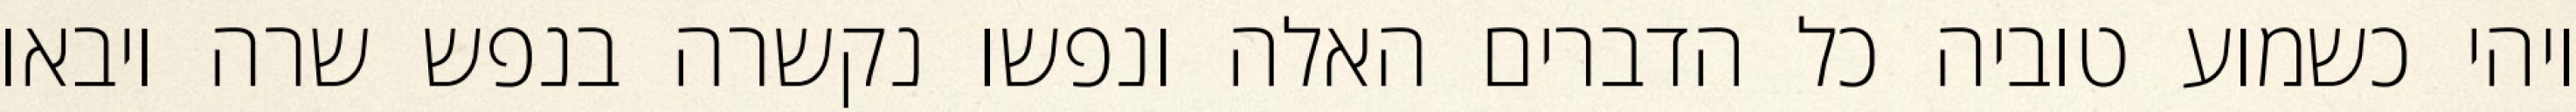
ויהי כשמוע טוביה כל הדברים האלה ונפשו נקשרה בנפש שרה ויבאו